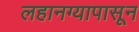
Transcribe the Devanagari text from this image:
लहानग्यापासून